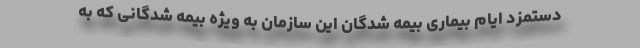
دستمزد ایام بیماری بیمه شدگان این سازمان به ویژه بیمه شدگانی که به